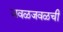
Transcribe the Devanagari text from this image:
जवळजवळची